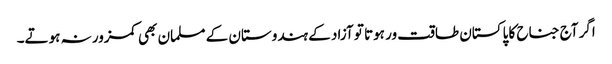
اگر آج جناح کا پاکستان طاقت ور ہوتا تو آزاد کے ہندوستان کے مسلمان بھی کمزور نہ ہوتے۔